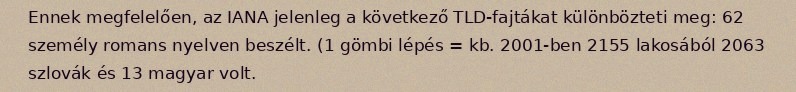
Ennek megfelelően, az IANA jelenleg a következő TLD-fajtákat különbözteti meg: 62 személy romans nyelven beszélt. (1 gömbi lépés = kb. 2001-ben 2155 lakosából 2063 szlovák és 13 magyar volt.